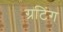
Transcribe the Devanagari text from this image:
ग्रटिंग